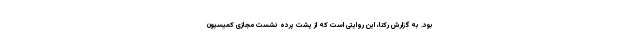
بود. به گزارش رکنا، این روایتی است که از پشت پرده نشست مجازی کمیسیون